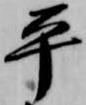
平